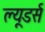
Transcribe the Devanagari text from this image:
ल्यूडर्स